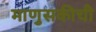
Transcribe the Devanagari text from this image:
माणुसकीची